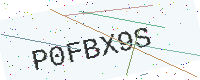
Text: P0FBX9S